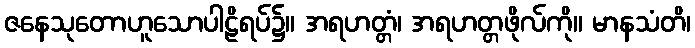
ဇနေသုတောဟူသောပါဠိရပ်၌။ အရဟတ္တံ၊ အရဟတ္တဖိုလ်ကို။ မာနသံတိ၊